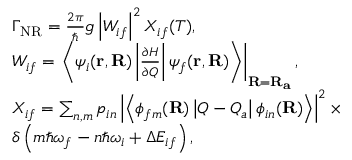
\begin{array} { r l } & { \Gamma _ { \mathrm { N R } } = \frac { 2 \pi } { \hbar } g \left| W _ { i f } \right| ^ { 2 } X _ { i f } ( T ) , } \\ & { W _ { i f } = \left. \left\langle \psi _ { i } ( \mathbf { r } , \mathbf { R } ) \left| \frac { \partial H } { \partial Q } \right| \psi _ { f } ( \mathbf { r } , \mathbf { R } ) \right\rangle \right| _ { \mathbf { R } = \mathbf { R } _ { \mathbf { a } } } , } \\ & { X _ { i f } = \sum _ { n , m } p _ { i n } \left| \left\langle \phi _ { f m } ( \mathbf { R } ) \left| Q - Q _ { a } \right| \phi _ { i n } ( \mathbf { R } ) \right\rangle \right| ^ { 2 } \times } \\ & { \delta \left( m \hbar \omega _ { f } - n \hbar \omega _ { i } + \Delta E _ { i f } \right) , } \end{array}